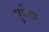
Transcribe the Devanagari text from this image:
सुमेकर